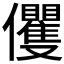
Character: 𠑩